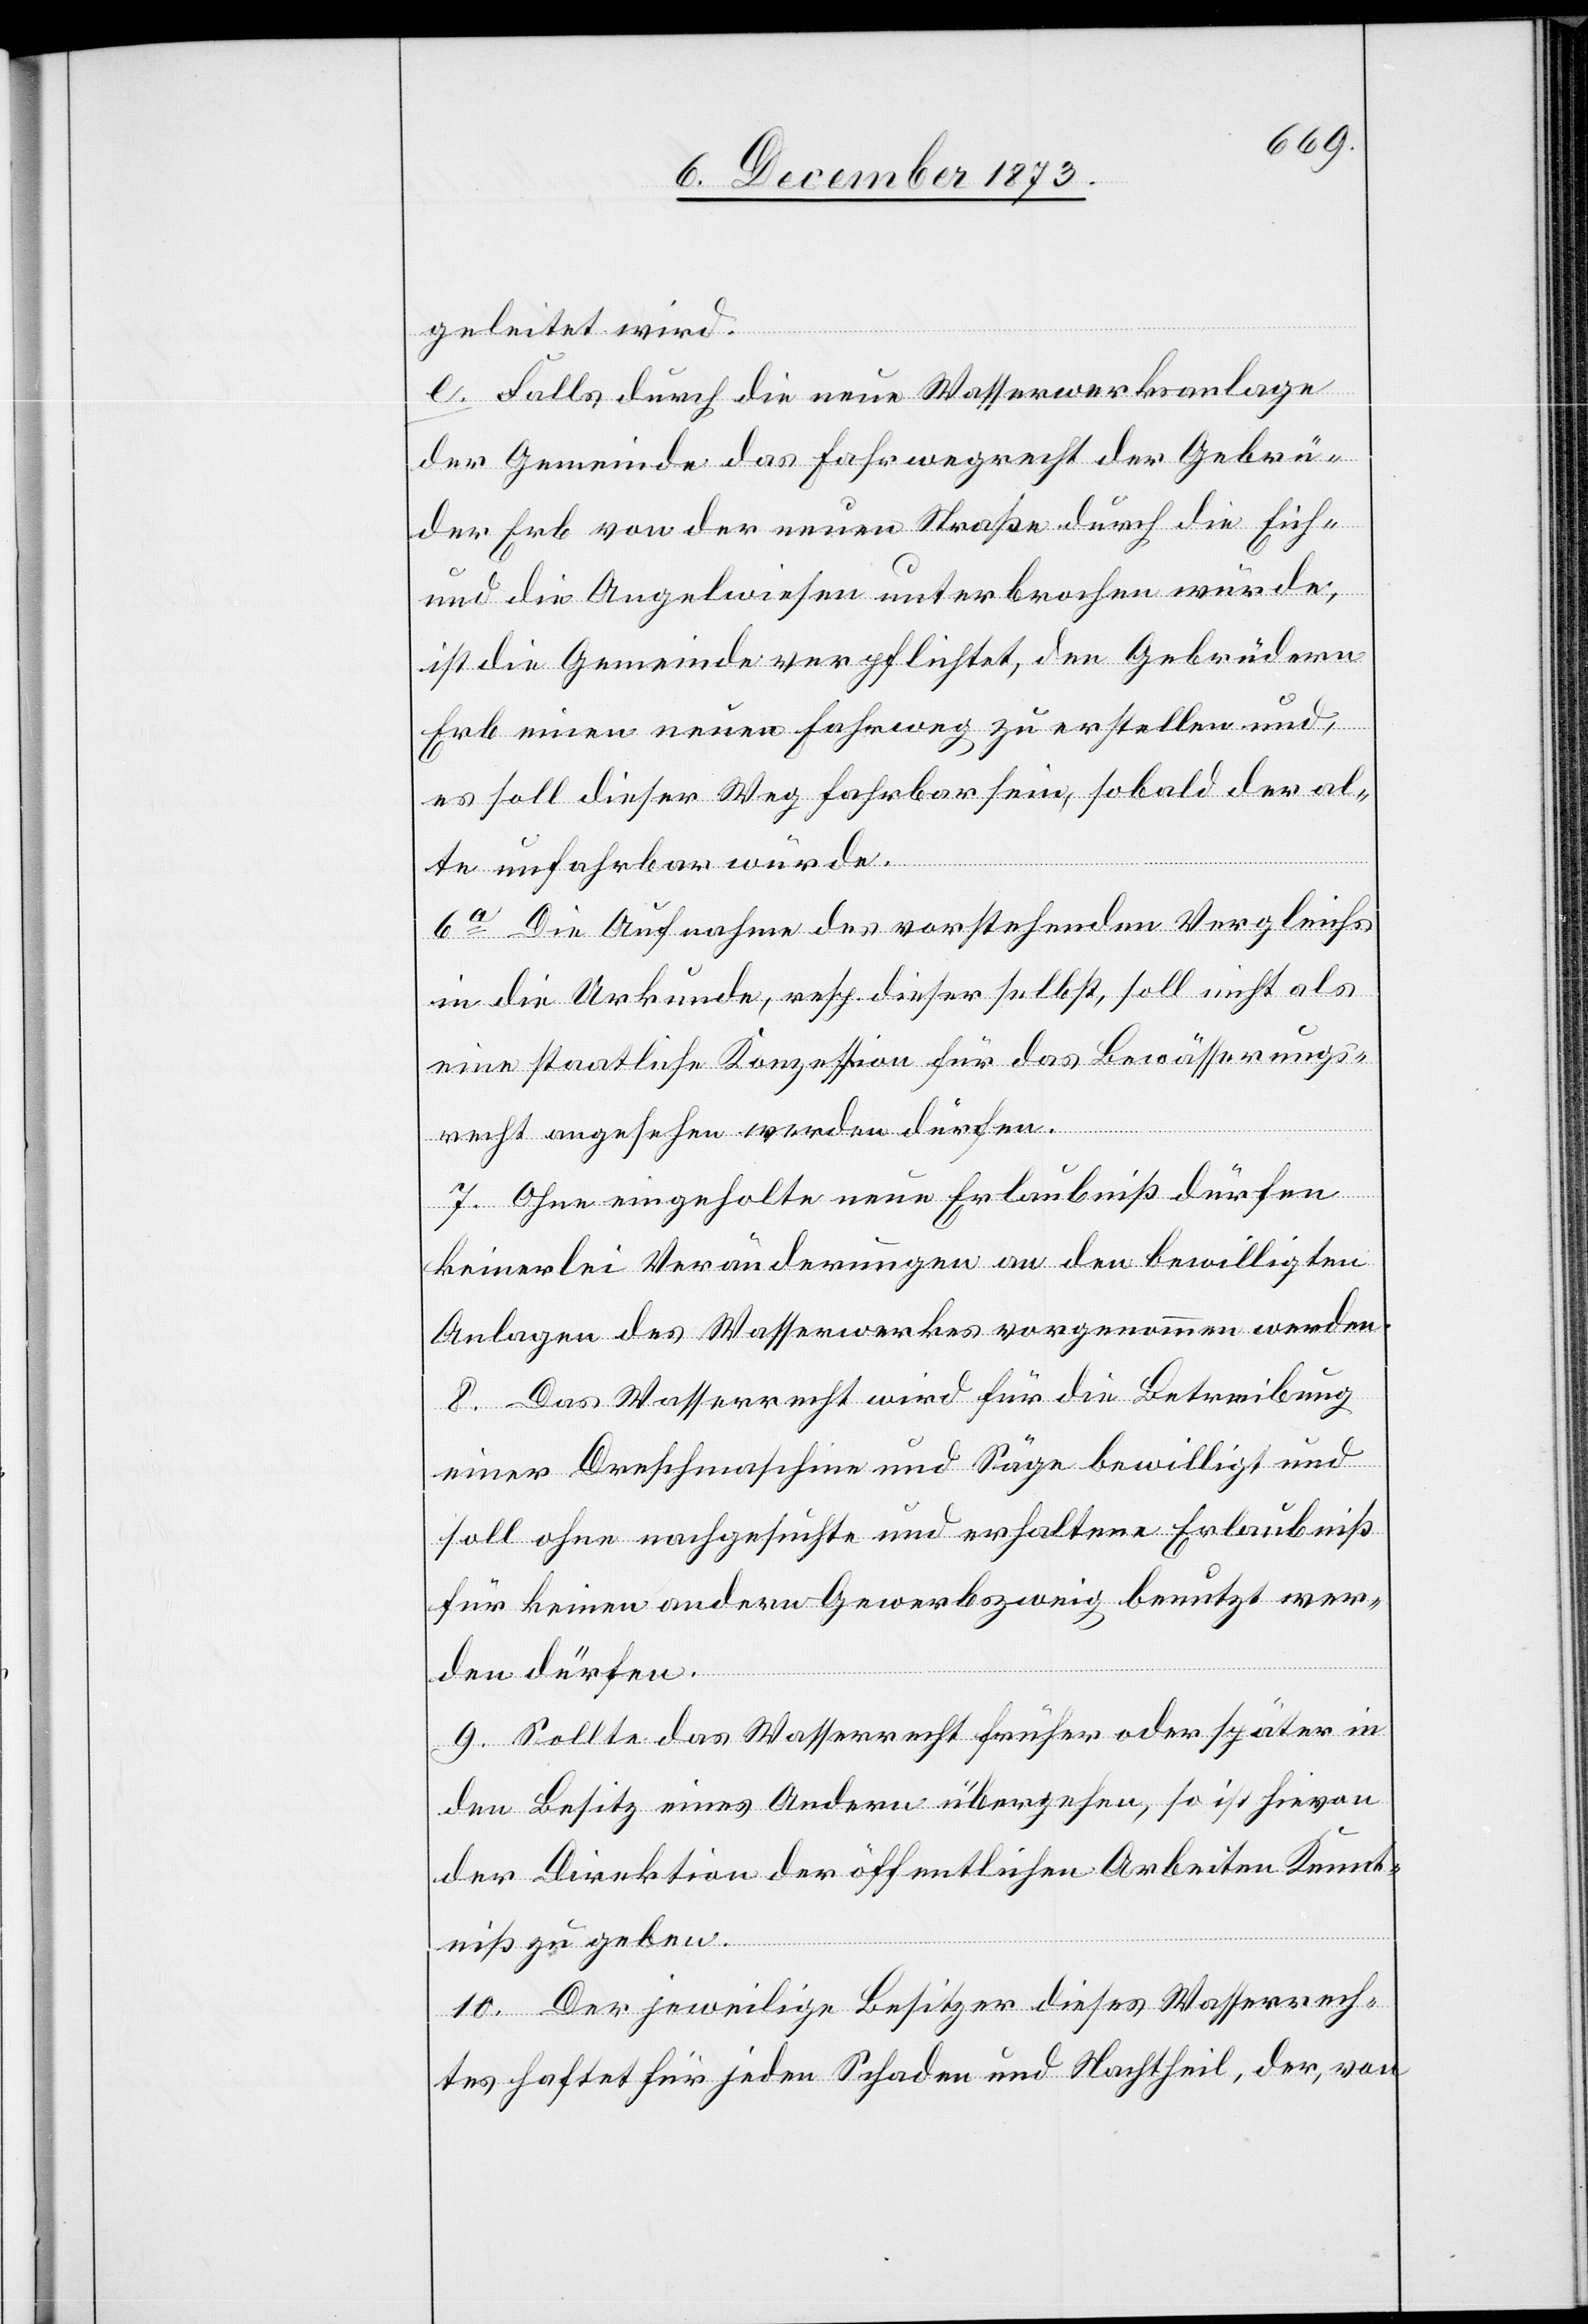
geleitet wird.
e. Falls durch die neue Wasserwerksanlage
der Gemeinde das Fahrwegrecht der Gebrü¬
der Erb von der neuen Straße durch die Eich-
und die Angelwiesen unterbrochen würde,
ist die Gemeinde verpflichtet, den Gebrüdern
Erb einen neuen Fahrweg zu erstellen und,
es soll dieser Weg fahrbar sein, sobald der al¬
te unfahrbar würde.
6a Die Aufnahme des vorstehenden Vergleichs
in die Urkunde, resp. dieser selbst, soll nicht als
eine staatliche Konzession für das Bewässerungs¬
recht angesehen werden dürfen.
7. Ohne eingeholte neue Erlaubniß dürfen
keinerlei Veränderungen an den bewilligten
Anlagen des Wasserwerkes vorgenommen werden.
8. Das Wasserrecht wird für die Betreibung
einer Dreschmaschine und Säge bewilligt und
soll ohne nachgesuchte und erhaltene Erlaubniß
für keinen andern Gewerbszweig benutzt wer¬
den dürfen.
9. Sollte das Wasserrecht früher oder später in
den Besitz eines Andern übergehen, so ist hievon
der Direktion der öffentlichen Arbeiten Kennt¬
niß zu geben.
10. Der jeweilige Besitzer dieses Wasserrech¬
tes haftet für jeden Schaden und Nachtheil, der, von